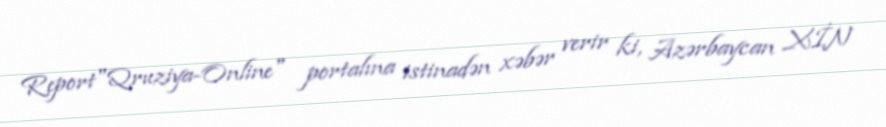
Report"Qruziya-Online" portalına istinadən xəbər verir ki, Azərbaycan XİN